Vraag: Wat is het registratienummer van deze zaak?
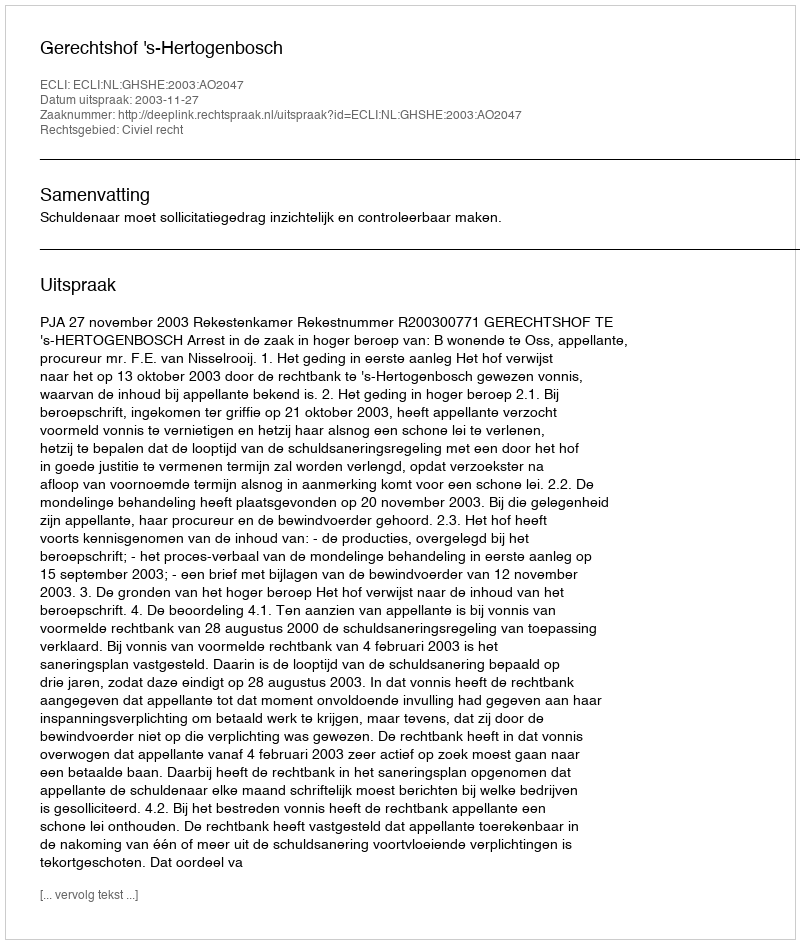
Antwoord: http://deeplink.rechtspraak.nl/uitspraak?id=ECLI:NL:GHSHE:2003:AO2047